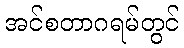
အင်စတာဂရမ်တွင်